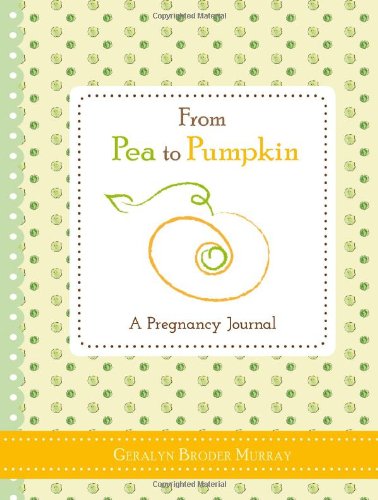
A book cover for From Pea to Pumpkin: A Pregnancy Journal; Geralyn Broder Murray; Parenting & Relationships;